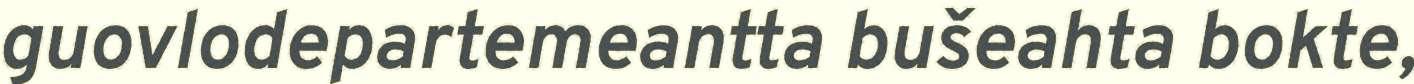
guovlodepartemeantta bušeahta bokte,